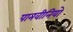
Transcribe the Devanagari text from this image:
पानवीनियो